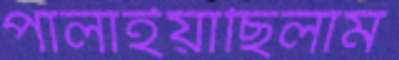
পালাইয়াছিলাম